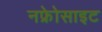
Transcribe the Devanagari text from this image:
नफ्रेोसाइट